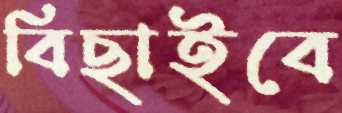
বিছাইবে